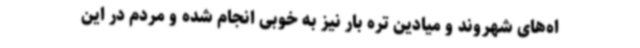
اه‌های شهروند و میادین تره بار نیز به خوبی انجام شده و مردم در این